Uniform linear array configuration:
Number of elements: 32
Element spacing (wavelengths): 1
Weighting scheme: cosine
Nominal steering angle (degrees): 0
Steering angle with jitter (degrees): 0.08641
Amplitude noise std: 0.05
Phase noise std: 0.05

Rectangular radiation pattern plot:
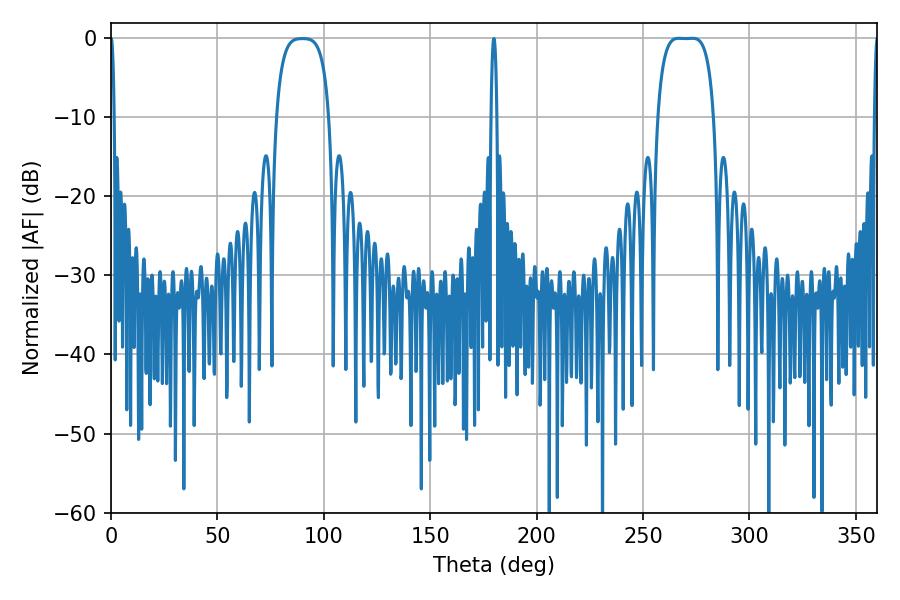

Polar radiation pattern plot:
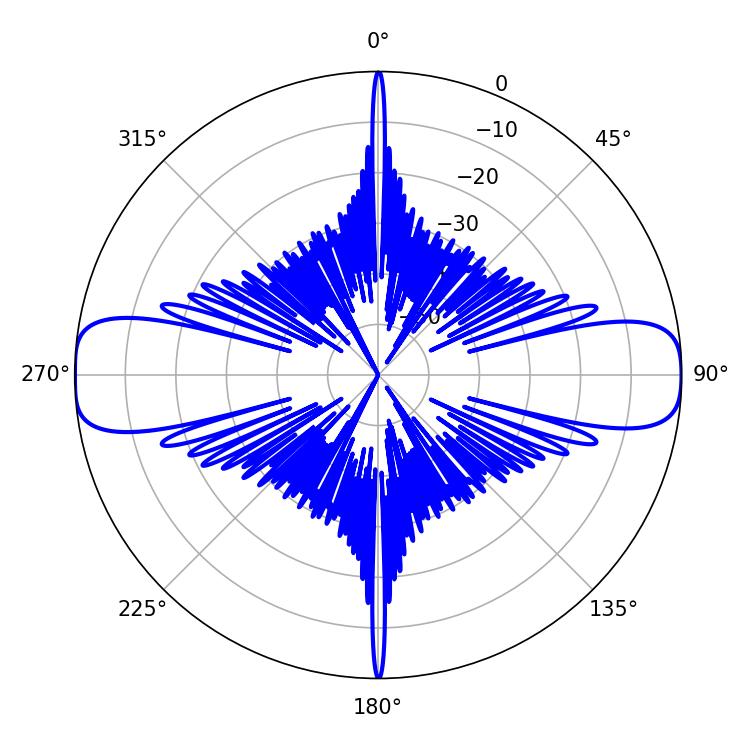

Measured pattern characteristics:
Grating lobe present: TRUE
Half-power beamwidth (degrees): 20.52
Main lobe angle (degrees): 266.76